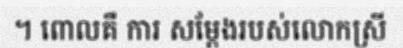
។ ពោលគឺ ការ សម្តែងរបស់លោកស្រី